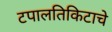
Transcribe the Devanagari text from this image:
टपालतिकिटाचे